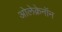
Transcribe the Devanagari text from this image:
ओलेक्रेनॉन